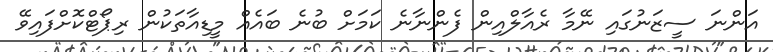
އަންނަ ސީޒަނުގައި ނޭމާ ރެއާލްއިން ފެންނާނެ ކަމަށް ބުނެ ބައެއް މީޑިއާތަކުން ރިޕޯޓްކޮށްފައިވޭ